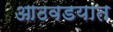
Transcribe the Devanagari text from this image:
आठवडयात